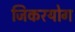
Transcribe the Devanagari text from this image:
जिकरयोग